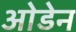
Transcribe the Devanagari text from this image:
ओडेन